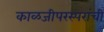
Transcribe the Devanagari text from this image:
काळजीपरस्परांची